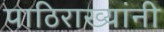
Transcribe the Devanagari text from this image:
पाठिराख्यांनी